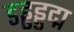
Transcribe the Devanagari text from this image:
डड्ढड्डद्म